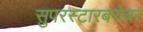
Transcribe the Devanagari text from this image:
सुपरस्टारबरोबर